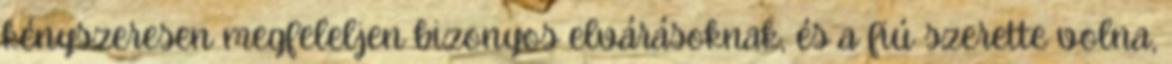
kényszeresen megfeleljen bizonyos elvárásoknak, és a fiú szerette volna,